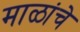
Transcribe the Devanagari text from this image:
माळांचे